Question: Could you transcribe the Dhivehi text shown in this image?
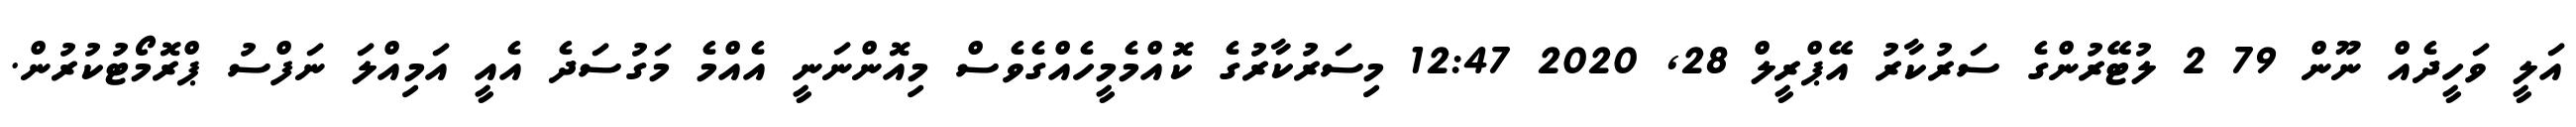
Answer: އަލީ ވަހީދެއް ނޫން 79 2 ލުޓޭރުންގެ ސަރުކާރު އޭޕްރީލް 28, 2020 12:47 މިސަރުކާރުގެ ކޮއްމެމީހެއްގެވެސް މިއޮންނަނީ އެއްމެ މަގުސަދެ އެއީ އަމިއްލަ ނަފްސު ޕްރޮމޯޓުކުރުން.